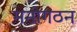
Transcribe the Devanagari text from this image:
मनोगठन